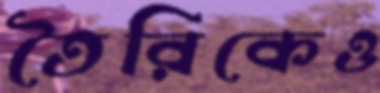
তৈরিকেও